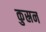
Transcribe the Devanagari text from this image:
कुस्रन